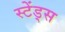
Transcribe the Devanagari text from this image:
स्टेंड्स